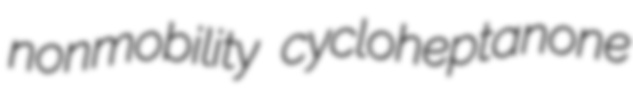
nonmobility cycloheptanone